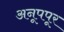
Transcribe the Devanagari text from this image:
अनूपपूर